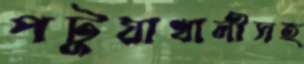
পটুয়াখালীসহ